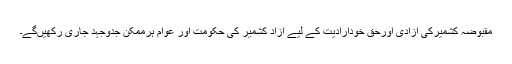
مقبوضہ کشمیرکی آزادی اورحق خودارادیت کے لیے آزاد کشمیر کی حکومت اور عوام ہرممکن جدوجہد جاری رکھیںگے۔